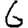
Digit: 6